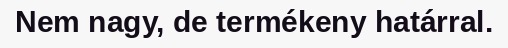
Nem nagy, de termékeny határral.